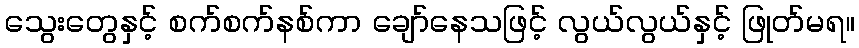
သွေးတွေနှင့် စက်စက်နစ်ကာ ချော်နေသဖြင့် လွယ်လွယ်နှင့် ဖြုတ်မရ။